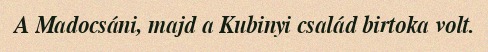
A Madocsáni, majd a Kubinyi család birtoka volt.